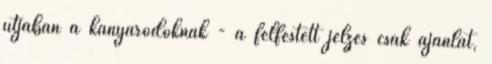
útjában a kanyarodóknak - a felfestett jelzés csak ajánlat,